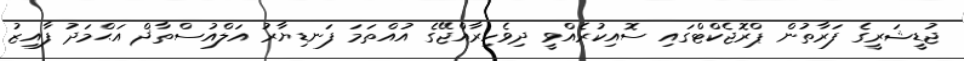
ޖުޑީޝަރީގެ ފަރާތުން ޕްރޮޖެކްޓްގައި ސޮއިކުރެއްވީ ދިވެހިރާއްޖޭގެ އުއްތަމަ ފަނޑިޔާރު އަލްއުސްތާޛް އަޙްމަދު ފާއިޒު